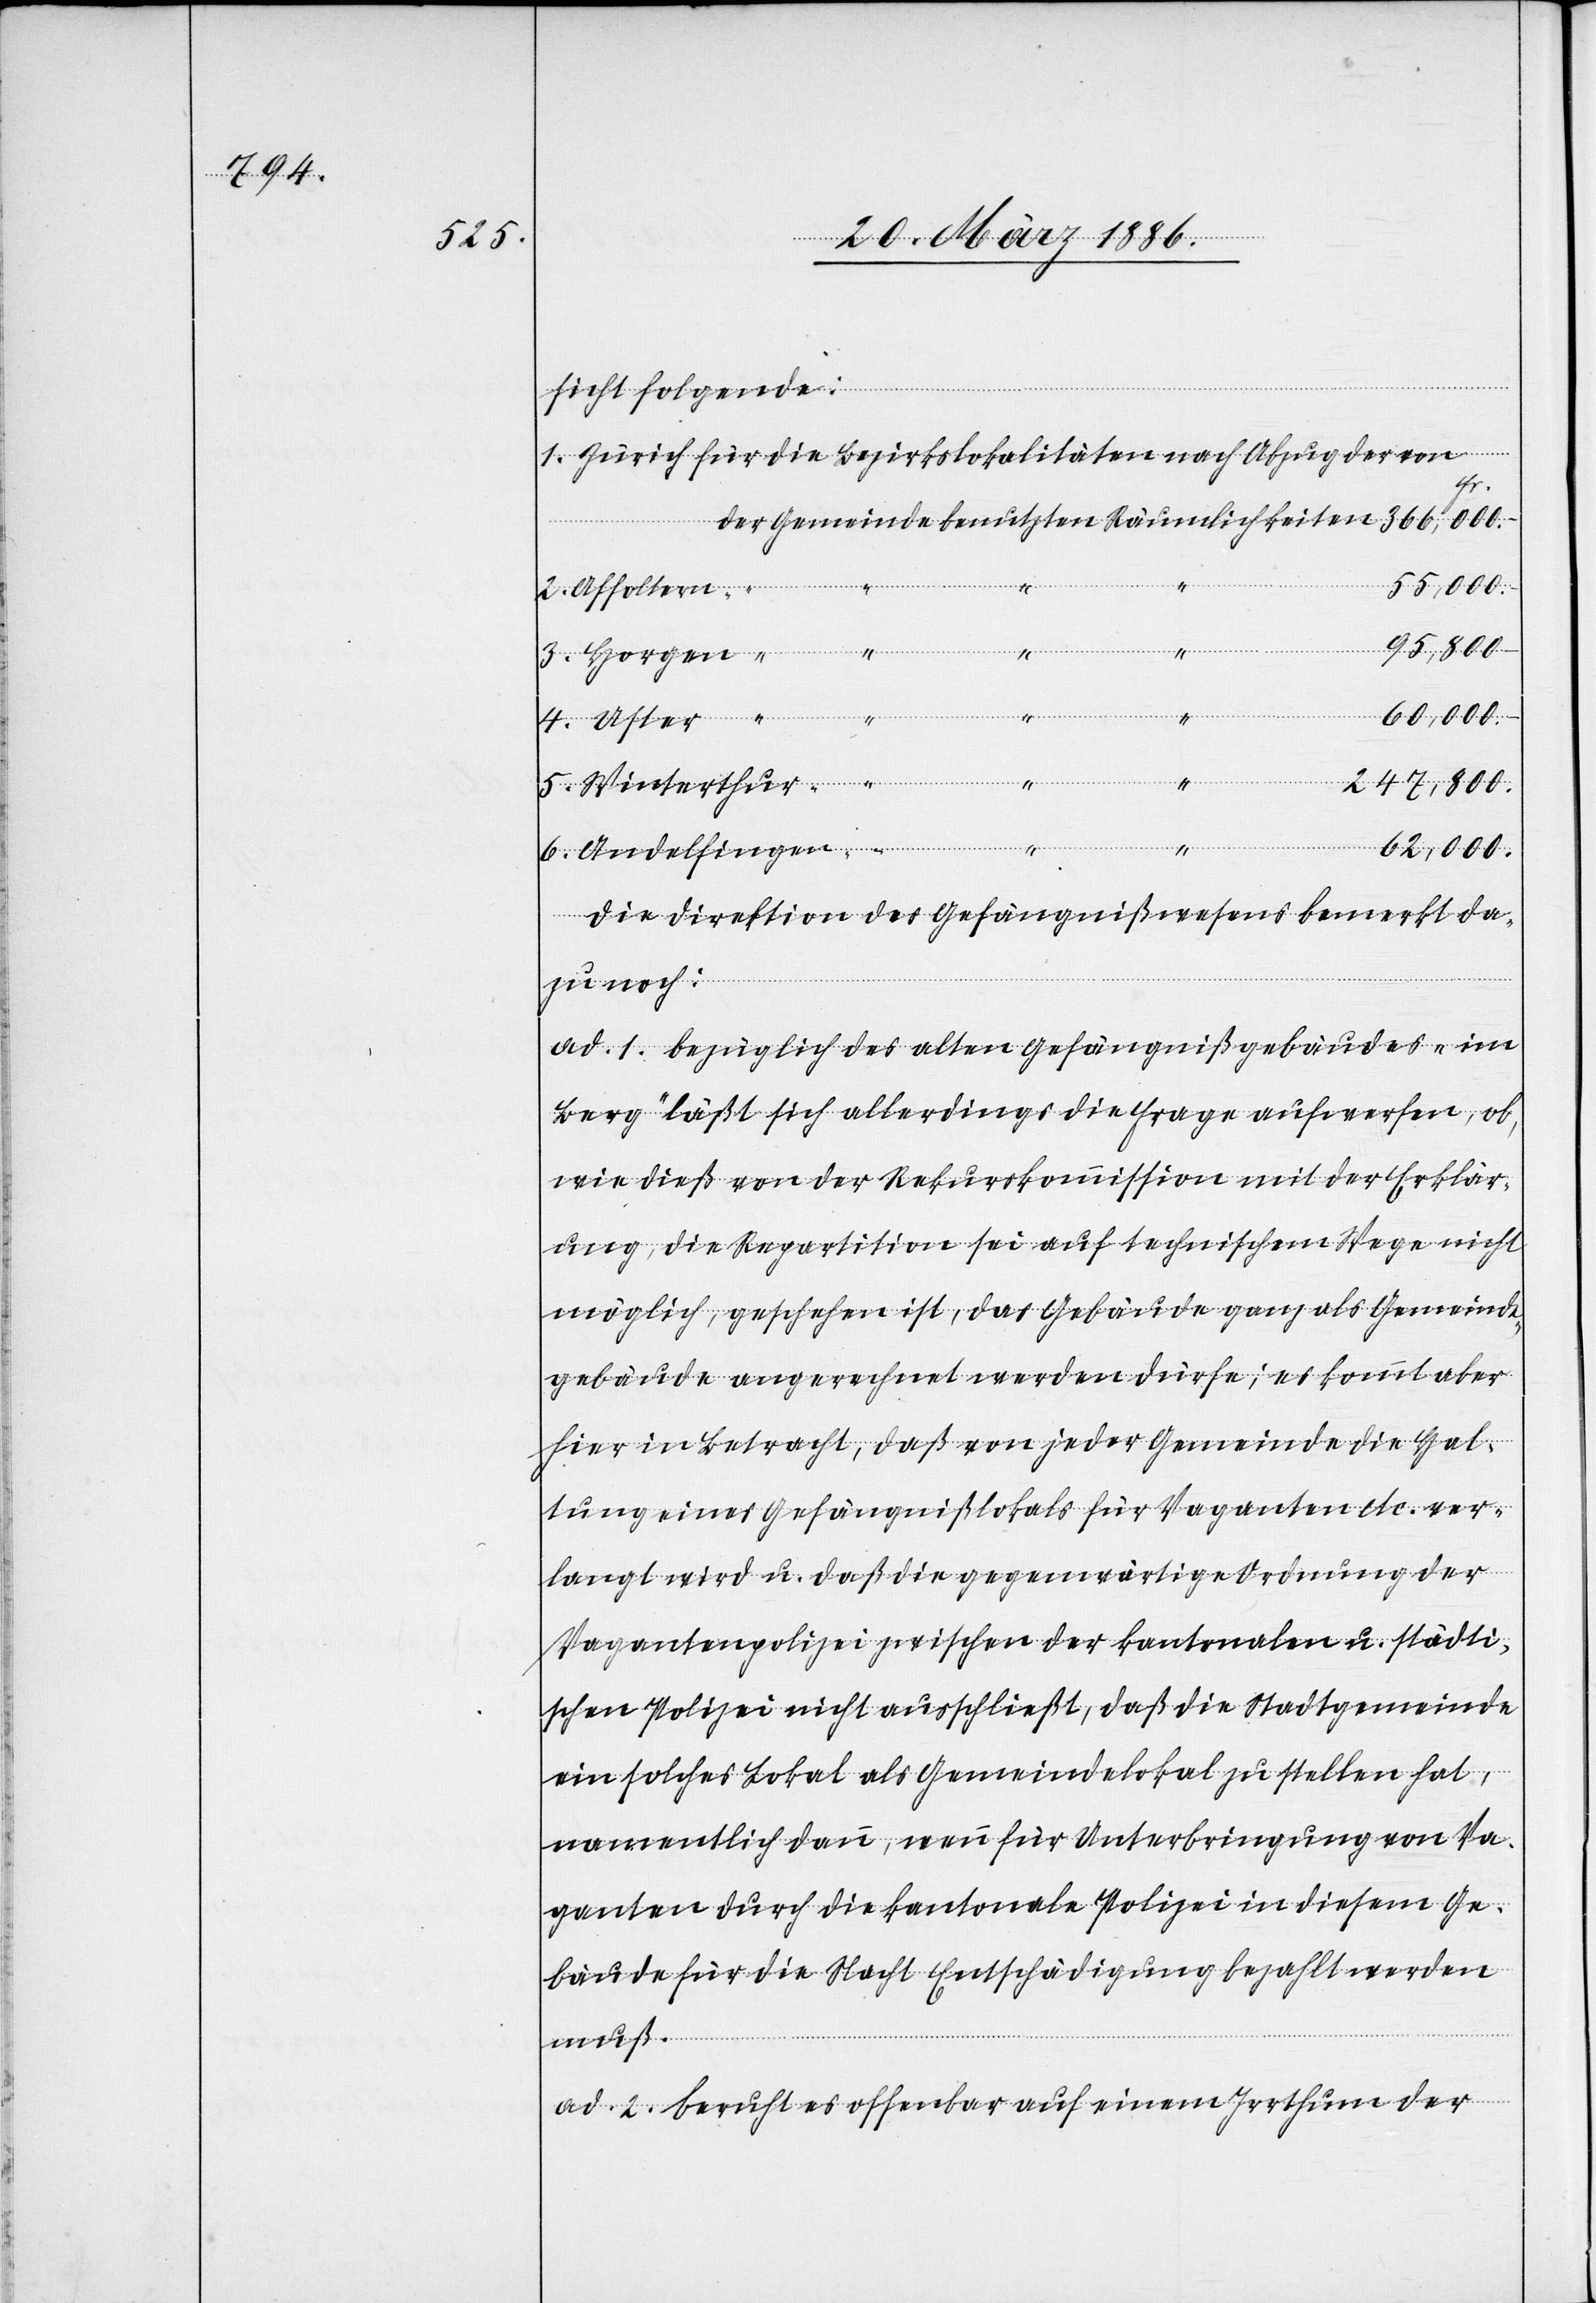
sicht folgende:
Zürich für die Bezirkslokalitäten nach Abzug der von
5.
55,000.
Affoltern
95,800.
muß.
60,000.
Uster
Winterthur
247,800.
62,000.
Die Direktion des Gefängnißwesens bemerkt da¬
zu noch:
ad. 1. Bezüglich des alten Gefängnißgebäudes „im
Berg“ läßt sich allerdings die Frage aufwerfen, ob,
wie dieß von der Rekurskommission mit der Erklär¬
ung, die Repartition sei auf technischem Wege nicht
möglich, geschehen ist, das Gebäude ganz als Gemeinde¬
gebäude angerechnet werden dürfe; es kommt aber
hier in Betracht, daß von jeder Gemeinde die Hal¬
tung eines Gefängnißlokals für Vaganten etc. ver¬
langt wird u. daß die gegenwärtige Ordnung der
Vagantenpolizei zwischen der kantonalen u. städti¬
schen Polizei nicht ausschließt, daß die Stadtgemeinde
ein solches Lokal als Gemeindelokal zu stellen hat,
namentlich dann, wenn für Unterbringung von Va¬
ganten durch die kantonale Polizei in diesem Ge¬
bäude für die Nacht Entschädigung bezahlt werden
ad. 2. Beruht es Offenbar auf einem Irrthum der